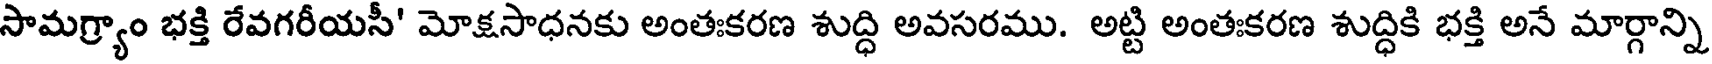
సామగ్ర్యాం భక్తి రేవగరీయసీ' మోక్షసాధనకు అంతఃకరణ శుద్ధి అవసరము. అట్టి అంతఃకరణ శుద్ధికి భక్తి అనే మార్గాన్ని